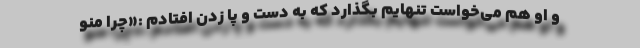
و او هم می‌خواست تنهایم بگذارد که به دست و پا زدن افتادم :«چرا منو